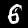
Digit: 6